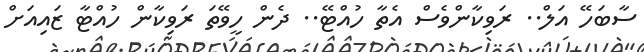
ސާބަހޭ އަލް.. ރަވިކާންވެސް އެތާ ހުއްޓޭ.. ދެން ހީވޭތަ ރަވިކާން ހުއްޓާ ޒައިއަށް